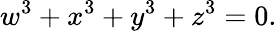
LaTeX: w^{3}+x^{3}+y^{3}+z^{3}=0.